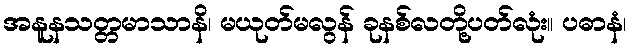
အနူနသတ္တမာသာနိ၊ မယုတ်မလွန် ခုနစ်လတို့ပတ်လုံး။ ပဓာနံ၊